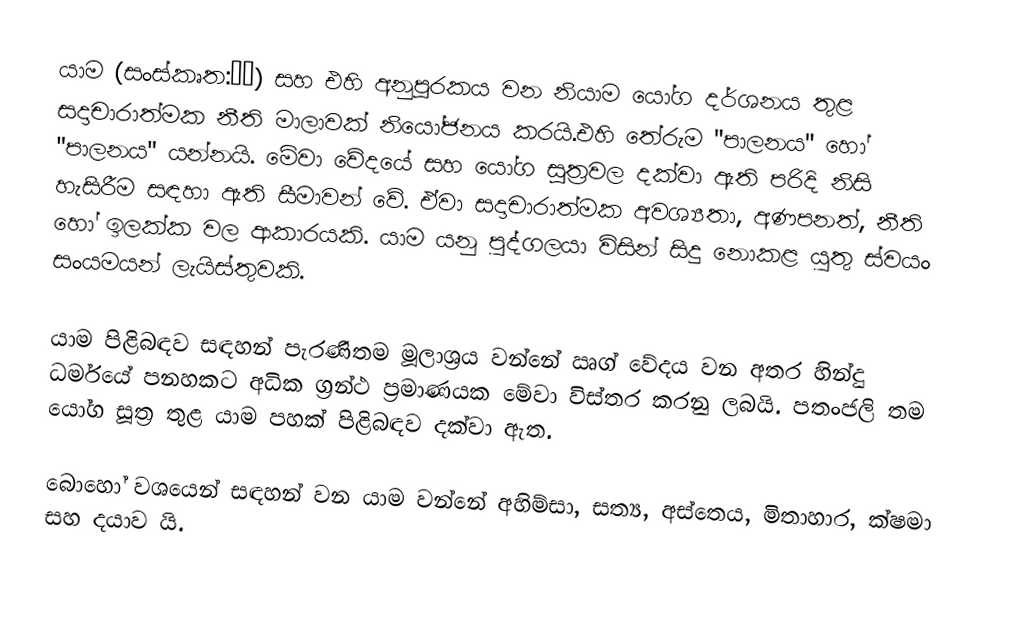
යාම (සංස්කෘත:यम) සහ එහි අනුපූරකය වන නියාම යෝග දර්ශනය තුළ සදාචාරාත්මක නීති මාලාවක් නියෝජනය කරයි.එහි තේරුම "පාලනය" හෝ "පාලනය" යන්නයි. මේවා වේදයේ සහ යෝග සූත්‍රවල දක්වා ඇති පරිදි නිසි හැසිරීම සඳහා ඇති සීමාවන් වේ. ඒවා සදාචාරාත්මක අවශ්‍යතා, අණපනත්, නීති හෝ ඉලක්ක වල ආකාරයකි. යාම යනු පුද්ගලයා විසින් සිදු නොකළ යුතු ස්වයං සංයමයන් ලැයිස්තුවකි.

යාම පිළිබඳව සඳහන් පැරණිතම මූලාශ්‍රය වන්නේ ඍග් වේදය වන අතර හින්දු ධර්මයේ පනහකට අධික ග්‍රන්ථ ප්‍රමාණයක මේවා විස්තර කරනු ලබයි. පතංජලි තම යෝග සූත්‍ර තුළ යාම පහක් පිළිබඳව දක්වා ඇත.

බොහෝ වශයෙන් සඳහන් වන යාම වන්නේ අහිම්සා, සත්‍ය, අස්තෙය, මිතාහාර, ක්ෂමා සහ දයාව යි.